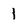
Character: 1